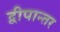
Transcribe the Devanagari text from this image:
द्वीपान्तर